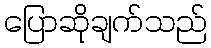
ပြောဆိုချက်သည်